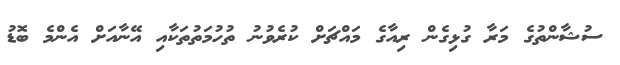
ސުޝާންތުގެ މަރާ ގުޅިގެން ރިއާގެ މައްޗަށް ކުރެވުނު ތުހުމަތުތަކާއި އޭނާއަށް އެންމެ ބޮޑު